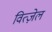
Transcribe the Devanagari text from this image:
वित्ज़ेल